system: You are a helpful assistant.
user:
Analyze the provided spectrum to determine if it is a **White Dwarf (WD)**.

A White Dwarf spectrum is defined by its **extreme purity** (due to gravitational settling) and/or **extreme pressure broadening** (due to high surface gravity). You must check for one of the following mutually exclusive signatures:

- **Key Visual Indicators (Check for ONE of these types):**

    - **1. DA-Type Signature (Most Common):**
        - **(Primary Feature):** Extreme pressure broadening (Stark broadening) of the **Hydrogen (H) Balmer lines**.
        - **(Key Lines):** $H\beta$ (approx. $4861$ Å) and $H\gamma$ (approx. $4340$ Å). $H\alpha$ (approx. $6563$ Å) will also be present if the wavelength range covers it.
        - **(Line Profile):** This is the **defining feature**. The lines are **NOT** sharp. They appear as massive, **extremely broad and deep "troughs" or "dips"** in the spectrum, often hundreds of Ångströms wide. The continuum will appear to "scoop" down at these wavelengths.
        - **(Distinction):** Normal A-type or B-type stars have *narrow* and *sharp* Hydrogen lines. A DA White Dwarf's lines are unmistakably "smeared" or "blurry" from pressure.

    - **2. DB-Type Signature:**
        - **(Primary Feature):** Broad absorption lines from **Neutral Helium (He I)**. The spectrum must lack any visible Hydrogen lines.
        - **(Key Lines):** Look for broad absorption near $4471$ Å, $4921$ Å, and $5876$ Å.
        - **(Line Profile):** These lines are also significantly pressure-broadened, appearing much wider than they would in a normal B-type main-sequence star.

    - **3. DC-Type Signature:**
        - **(Primary Feature):** A **featureless continuous spectrum**.
        - **(Line Profile):** The spectrum is a smooth curve with **no significant absorption or emission lines**.
        - **(Key Confirmation):** The continuum is almost always **blue or white**, indicating a hot object. This signature implies the atmosphere is so pure (or so cool) that no spectral lines are visible in the optical range. Its WD identity is confirmed by its extremely low intrinsic brightness (high absolute magnitude).

    - **4. DZ-Type Signature (Metal-Polluted):**
        - **(Primary Feature):** **Isolated, narrow metal absorption lines** on an otherwise featureless (DC-like) continuum.
        - **(Key Lines):** The **Calcium (Ca II) H & K doublet** (approx. **$3934$ Å** and **$3968$ Å**) is the most common and defining feature.
        - **(Line Profile):** These lines are "out of place." They are *not* part of a "forest" of thousands of lines. This signature is evidence of recent *accretion* (pollution) from rocky debris.
        - **(Distinction):** Normal G/K/M stars have a *dense forest* of thousands of metal lines. A DZ has a *clean* continuum with *only a few* strong metal lines.

    - **5. DQ-Type Signature (Carbon-Polluted):**
        - **(Primary Feature):** Absorption bands from **Carbon (C₂ "Swan Bands" or atomic C I)**.
        - **(Key Lines - C₂):** Look for bandheads with a "saw-tooth" shape near $5635$ Å, **$5165$ Å** (strongest), and $4737$ Å.
        - **(Key Confirmation):** The underlying **continuum must be blue or white** (hot).
        - **(Distinction):** This is the critical difference from a **Carbon Star**, which has the *exact same* C₂ bands but on an extremely **red, cool** continuum.

- **(Overall Spectrum):**
    - The continuum (overall shape) is typically **blue-sloping** (brighter in the blue than the red), as most white dwarfs are very hot.
    - The spectrum will look "pure" or "simple," dominated by only *one* of the five signatures listed above.

Think first, call **spectral_visualization_tool** if needed to examine features in detail, then provide your final answer. Your response must adhere to the following strict rules:
1.  **Overall Structure:** Your response must follow the format `<think>...</think> <tool_call>...</tool_call> (if a tool is used) <answer>...</answer>`.
2.  **Tool Usage Constraint:** You may only make **one** tool call per turn.
3.  **Final Answer Format:** In the `<answer>` tag, your conclusion must be inside a `\boxed{}` command (e.g., `\boxed{YES}` or `\boxed{NO}`), followed by your justification.

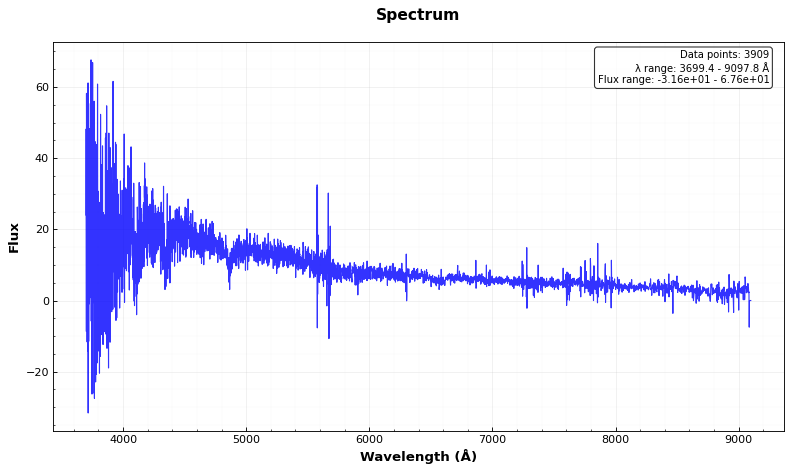
Answer: YES